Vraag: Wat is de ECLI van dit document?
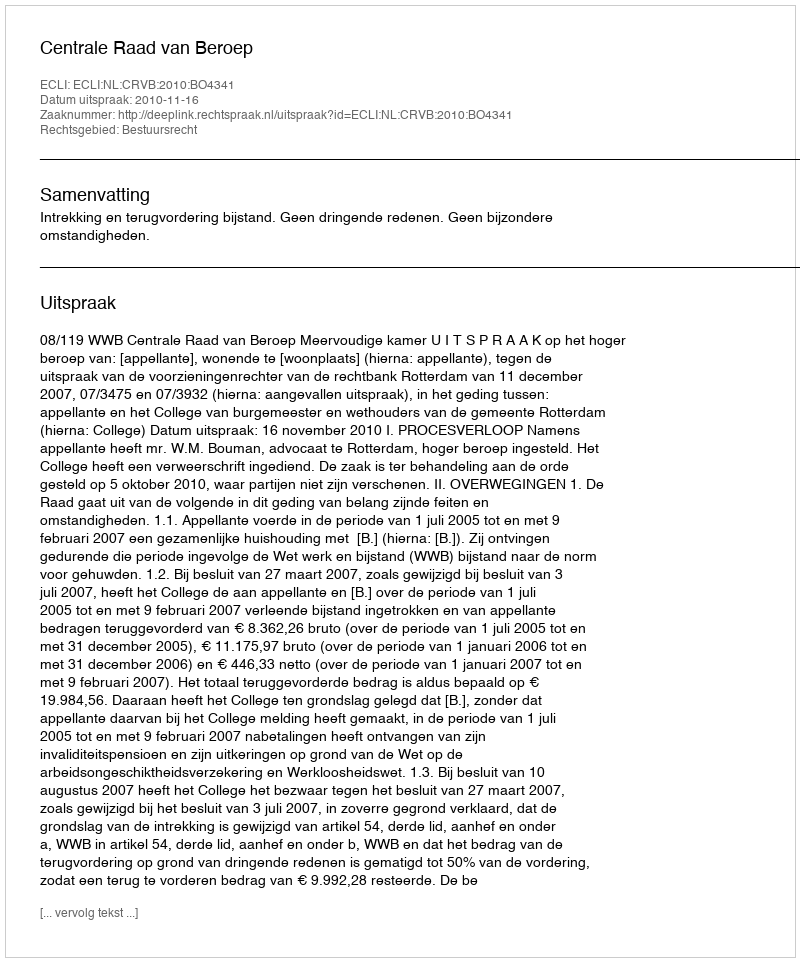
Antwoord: ECLI:NL:CRVB:2010:BO4341